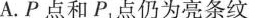
A.P点和P1点仍为亮条纹